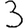
Digit: 3